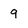
Character: 9